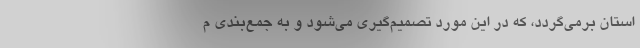
استان برمی‌گردد، که در این مورد تصمیم‌گیری می‌شود و به جمع‌بندی م